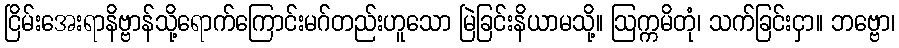
ငြိမ်းအေးရာနိဗ္ဗာန်သို့ရောက်ကြောင်းမဂ်တည်းဟူသော မြဲခြင်းနိယာမသို့။ ဩက္ကမိတုံ၊ သက်ခြင်းငှာ။ ဘဗ္ဗော၊